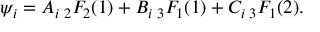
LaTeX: \psi _ { i } = A _ { i } \, { } _ { 2 } F _ { 2 } ( 1 ) + B _ { i } \, { } _ { 3 } F _ { 1 } ( 1 ) + C _ { i } \, { } _ { 3 } F _ { 1 } ( 2 ) .